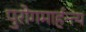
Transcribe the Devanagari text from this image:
पुरोगमार्हन्त्य